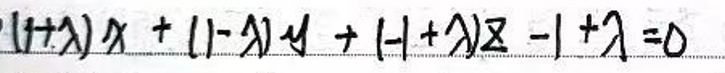
$( 1 + \lambda ) x + ( 1 - \lambda ) y + ( 1 + \lambda ) z - 1 + \lambda = 0$